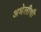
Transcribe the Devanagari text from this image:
अधेलीची